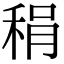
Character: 䅌